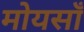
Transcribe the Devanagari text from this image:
मोयसाँ